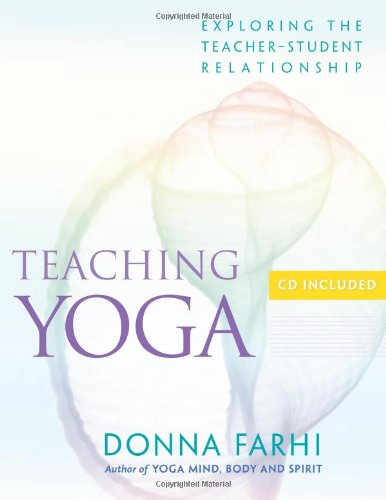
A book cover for Teaching Yoga: Exploring the Teacher-Student Relationship; Donna Farhi; Health, Fitness & Dieting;